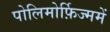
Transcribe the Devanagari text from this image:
पोलिमोर्फ़िज्ममें